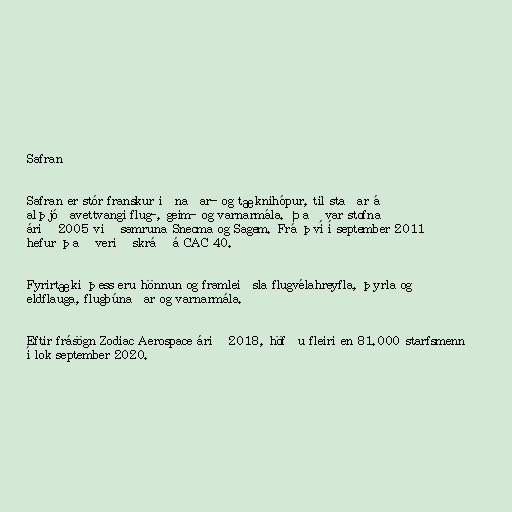
Safran

Safran er stór franskur iðnaðar- og tæknihópur, til staðar á
alþjóðavettvangi flug-, geim- og varnarmála. Það var stofnað
árið 2005 við samruna Snecma og Sagem. Frá því í september 2011
hefur það verið skráð á CAC 40.

Fyrirtæki þess eru hönnun og framleiðsla flugvélahreyfla, þyrla og
eldflauga, flugbúnaðar og varnarmála.

Eftir frásögn Zodiac Aerospace árið 2018, höfðu fleiri en 81.000 starfsmenn
í lok september 2020.